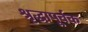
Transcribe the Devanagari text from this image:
श्रृद्धापूर्वक